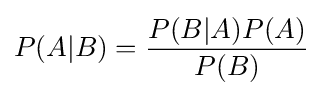
P(A\vert B)={\frac {P(B\vert A)P(A)}{P(B)}}